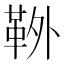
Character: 𩊃